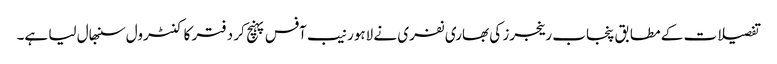
تفصیلات کے مطابق پنجاب رینجرز کی بھاری نفری نے لاہور نیب آفس پہنچ کر دفتر کا کنٹرول سنبھال لیا ہے۔